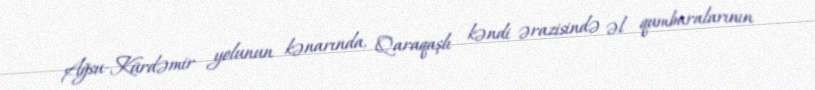
Ağsu-Kürdəmir yolunun kənarında, Qaraqaşlı kəndi ərazisində əl qumbaralarının